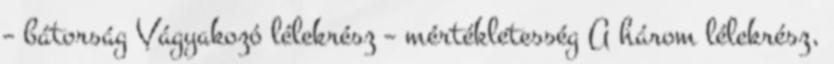
– bátorság Vágyakozó lélekrész – mértékletesség A három lélekrész,